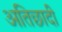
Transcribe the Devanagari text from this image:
अतिछादी